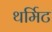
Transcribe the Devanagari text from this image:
थर्मिट